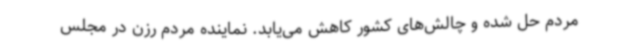
مردم حل شده و چالش‌های کشور کاهش می‌یابد. نماینده مردم رزن در مجلس